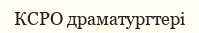
КСРО драматургтері